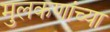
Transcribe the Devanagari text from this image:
मुलकणांच्या